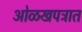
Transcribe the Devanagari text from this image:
ओळखपत्रात